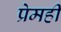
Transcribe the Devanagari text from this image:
प्रेमही